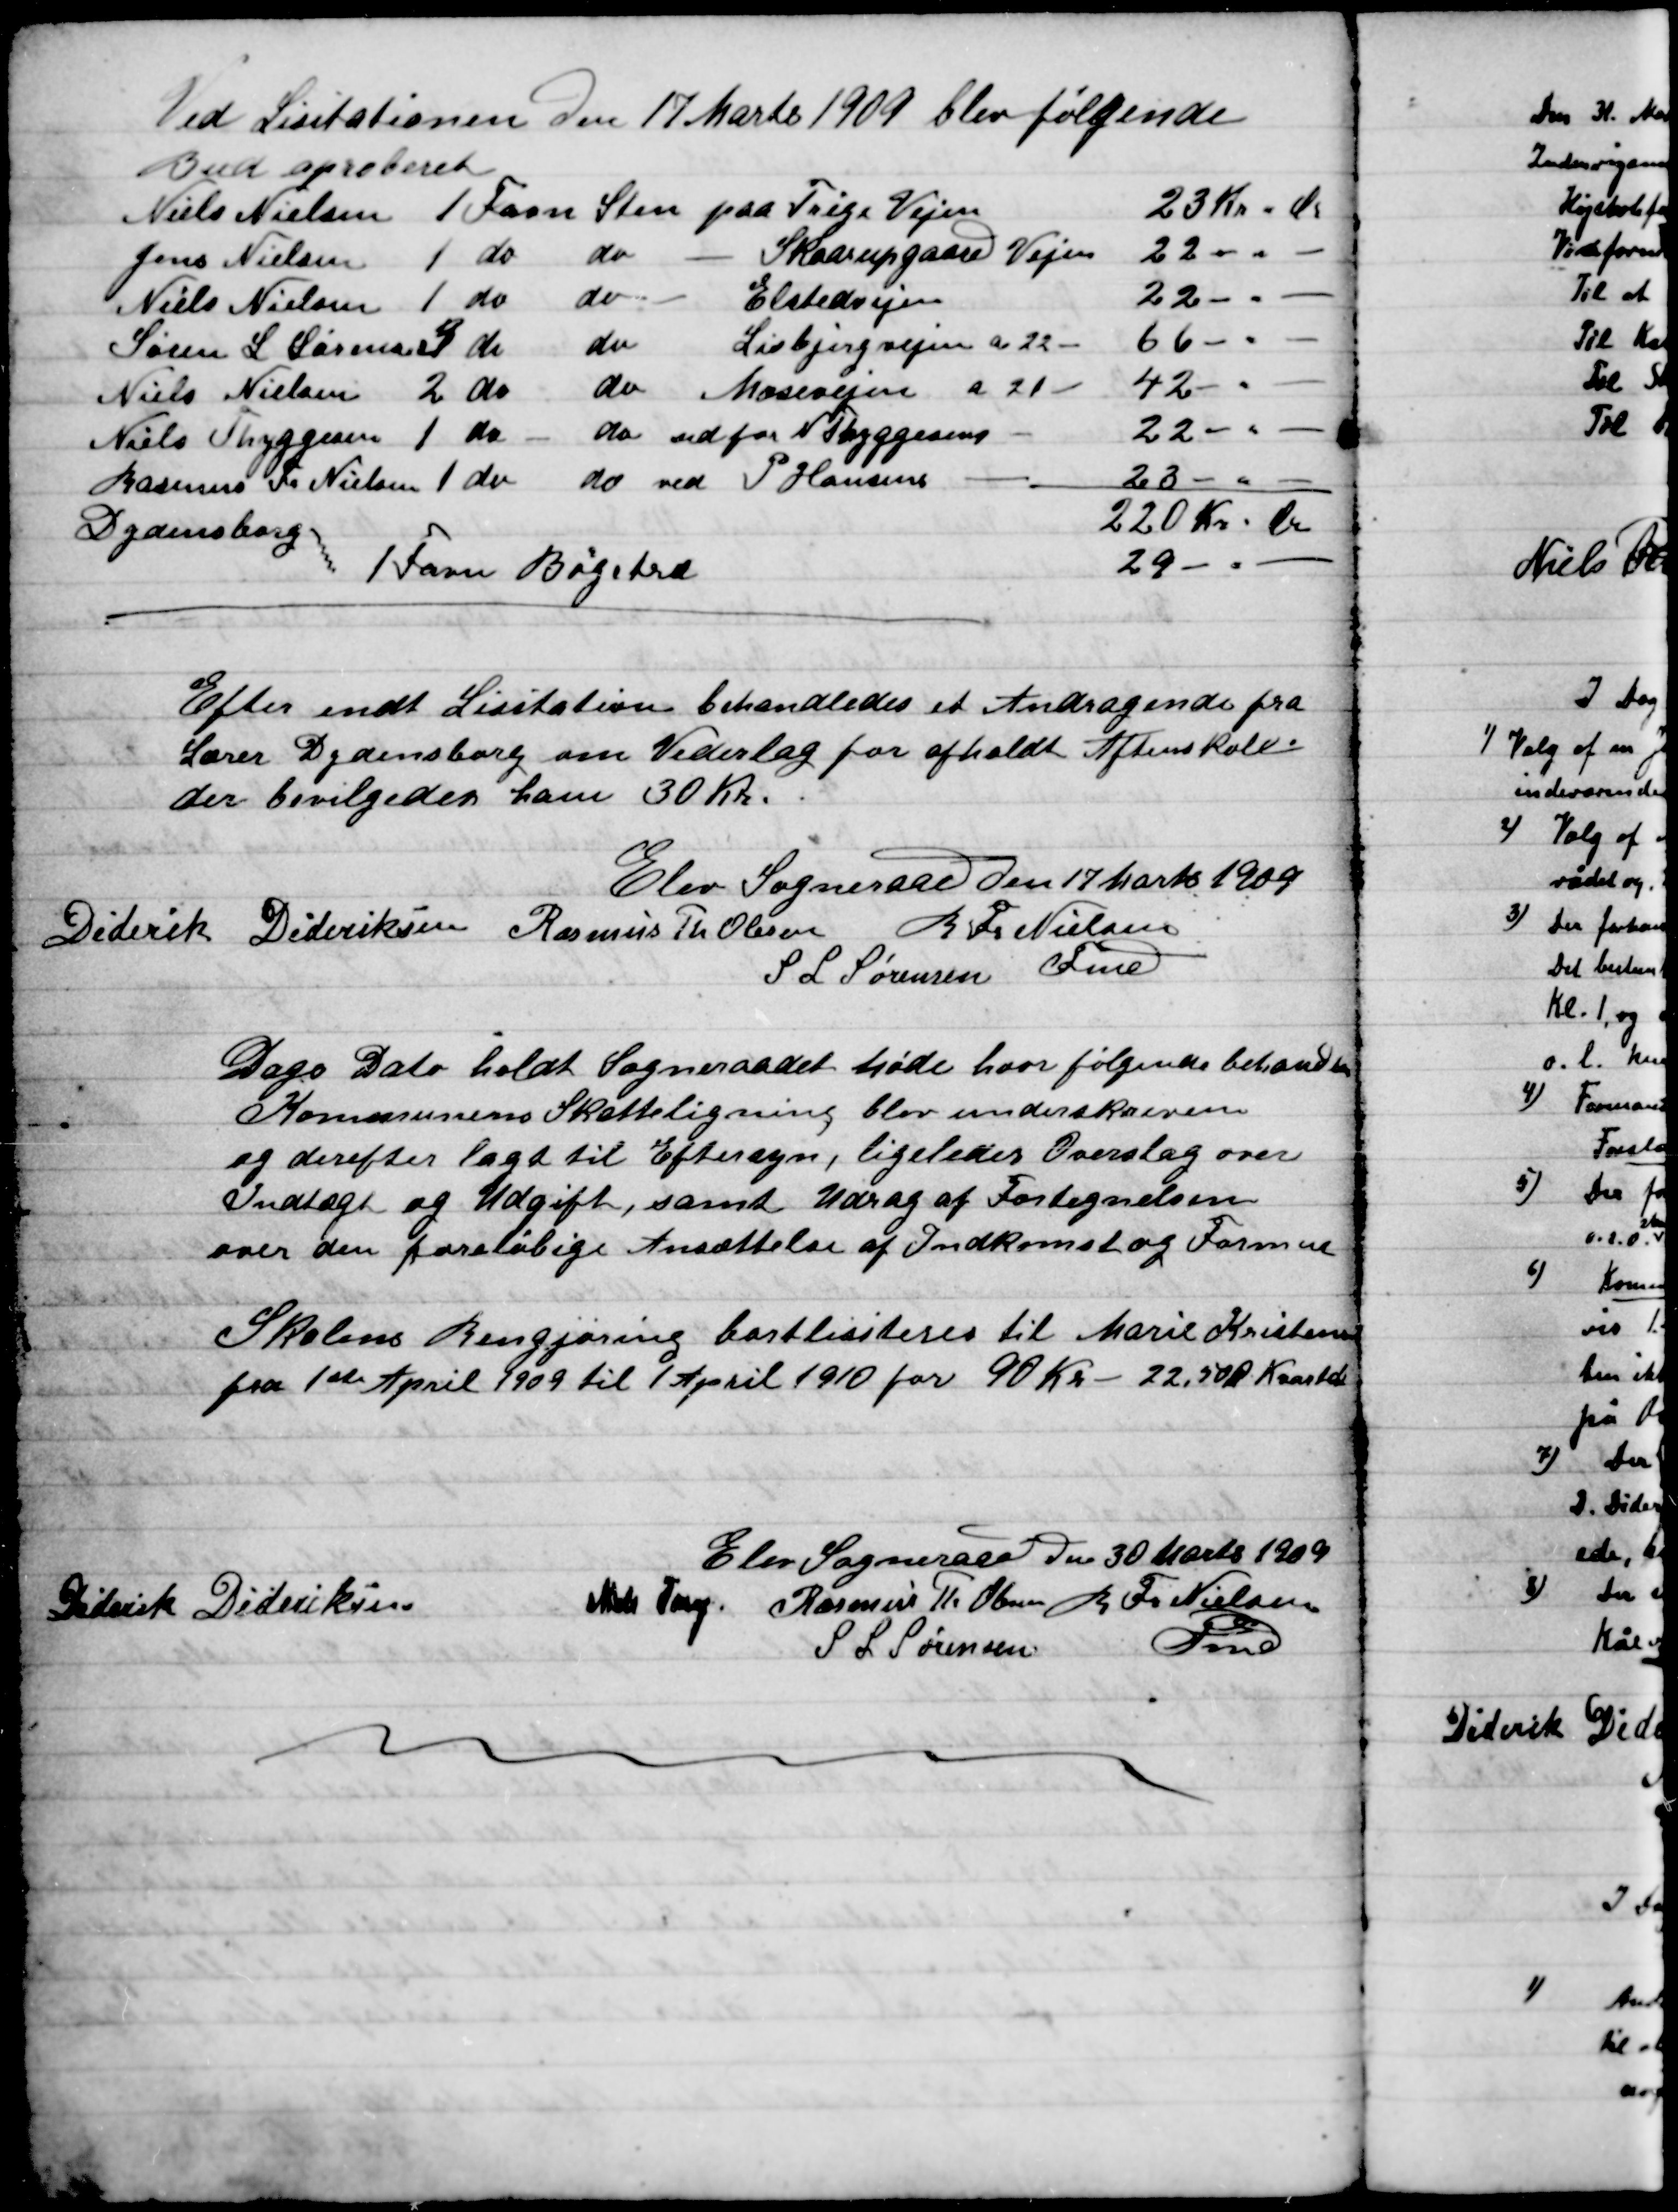
Transskription:
Efter endt Licitation behandledes et Andragende fra
Lærer Dydensborg om Vederlag for afholdt Aftenskole
Der bevilgedes ham 30 Kr.

Elev Sogneraad den 17 Marts 1909.

Diderik Dideriksen
Rasmus Th. Olesen
S. L. Sørensen
R. Fr. Nielsen
Fmd.

Dags Dato holdt Sogneraadet Møde hvor følgende behandledes:
Kommunens Skatteligning blev underskreven,
og derefter lagt til Eftersyn, ligeledes Overslag om
Indtægt og Udgift, samt Uddrag af Fortegnelsen
over den foreløbige Ansættelse af Indkomst og Formue.

Skolens Rengøring bortliciteres til Marie Kristensen
fra 1ste April 1909 til 1910 for 90 Kr. – 22,50 pr. Kvartal

Elev Sogneraad Den 30 Marts 1909.

Diderik Dideriksen
Niels Tang
Rasmus Th. Olesen
S. L. Sørensen
R. Fr. Nielsen
Fmd.